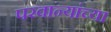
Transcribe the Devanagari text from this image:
परवान्यांच्या